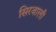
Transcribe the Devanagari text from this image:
सिरवाली